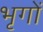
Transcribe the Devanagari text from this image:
भृगों